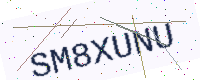
Text: SM8XUNU